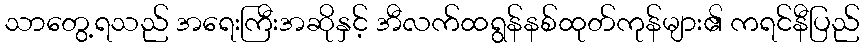
သာတွေ့ရသည် အရေးကြီးအဆိုနှင့် အီလက်ထရွန်နစ်ထုတ်ကုန်များ၏ ကရင်နီပြည်